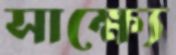
সাক্ষ্যে